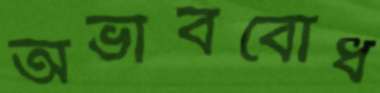
অভাববোধ